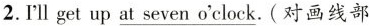
2.I'llget up at_ seven o'clock.(对画线部